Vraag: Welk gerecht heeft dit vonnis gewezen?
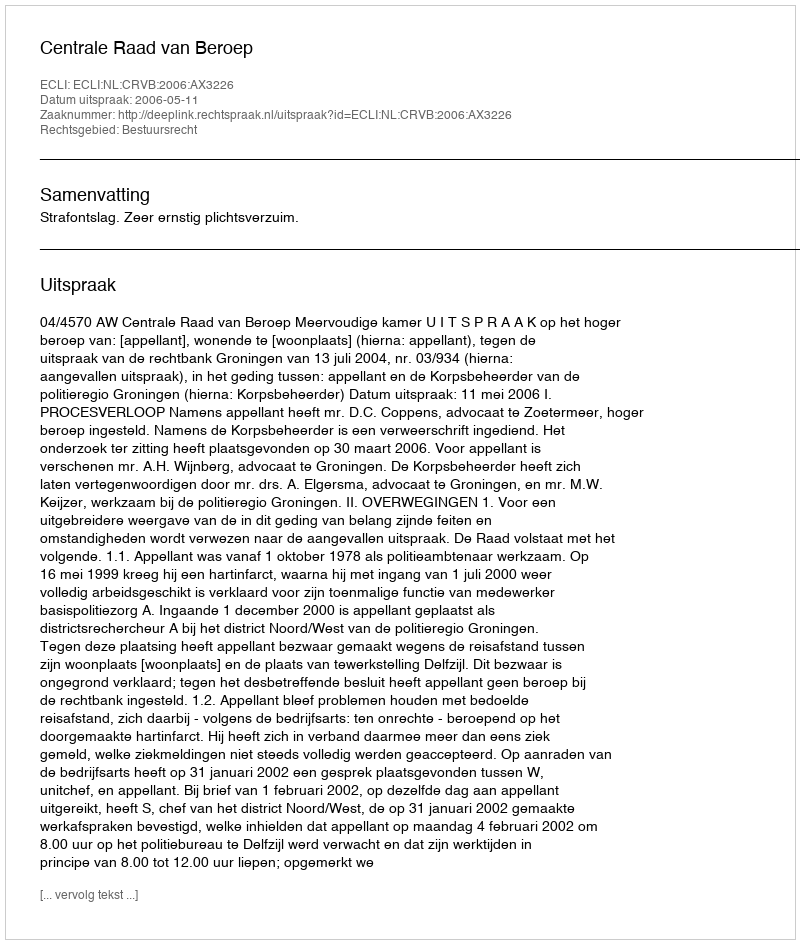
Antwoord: Centrale Raad van Beroep